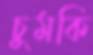
চুমকি